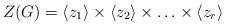
LaTeX: \begin{align*} Z(G) = \langle z_1 \rangle \times \langle z_2 \rangle \times \ldots \times \langle z_r \rangle \end{align*}